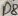
Text: D8